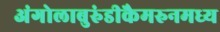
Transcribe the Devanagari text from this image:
अंगोलाबुरुंडीकैमरुनमध्य